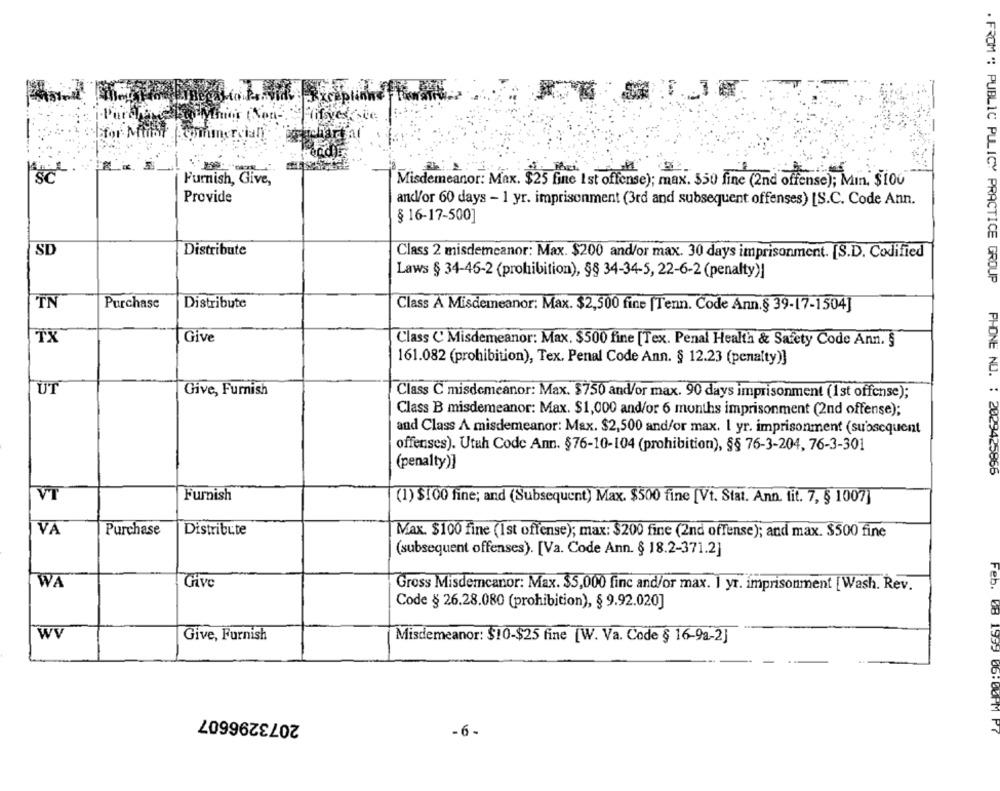
Mhios (Nor
for Millit.
Furnish, Give,
Misdemeanor: Max.
Por Max. $25 fine 1 st offense); max. 550 fine (2nd offense); Min. $100
Provide
and/or 60 days - 1 yr. imprisonment (3rd and subsequent offenses) [S.C. Code Ann.
§ 16-17-500]
SD
Distribute
Class 2 misdemeanor: Max. $200 and/or max. 30 days imprisonment. [S.D. Codified
Laws § 34-46-2 (prohibition), §§ 34-34-5, 22-6-2 (penalty)|
. FROM ": PUBLIC PULICY PRACTICE GROUP
TN
Purchase
Distribute
Class A Misdemeanor: Max. $2,500 fine [Tenn. Code Ann.§ 39-17-1504]
TX
Give
Class & Misdemeanor: Max. $500 fine [Tex. Penal Health & Safety Code Ann. §
161.082 (prohibition), Tex. Penal Code Ann. § 12.23 (penalty)]
UT
Give, Furnish
Class C misdemeanor: Max. $750 and/or max. 90 days imprisonment (1st offense);
Class B misdemeanor: Max. $1,000 and/or 6 months imprisonment (2nd offense);
and Class A misdemeanor: Max. $2,500 and/or max. 1 yr. imprisonment (subsequent
offenses). Utah Code Ann. §76-10-104 (prohibition), §§ 76-3-204, 76-3-301
(penalty)]
PHONE NO. : 2029425865
VI
Furnish
(1) $100 fine; and (Subsequent) Max. $500 fine [Vi. Stat. Ann. fit. 7, § 1007]
VA
Purchase
Distribute
Max. $100 fine (1st offense); max: $200 fine (2nd offense); and max. $500 fine
(subsequent offenses). [Va. Code Ann. § 18.2-371.2]
WA
Give
Gross Misdemeanor: Max. $5,000 finc and/or max. 1 yr. imprisonment [Wash. Rev.
Code § 26.28.080 (prohibition), § 9.92.020]
wV
Give, Furnish
Misdemeanor: $10-$25 fine [W. Va. Code § 16-9a-2]
2073296607
-6.
Feb. 68 1359 86.8077 Pr